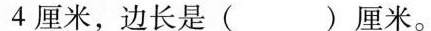
4厘米，边长是( )厘米。